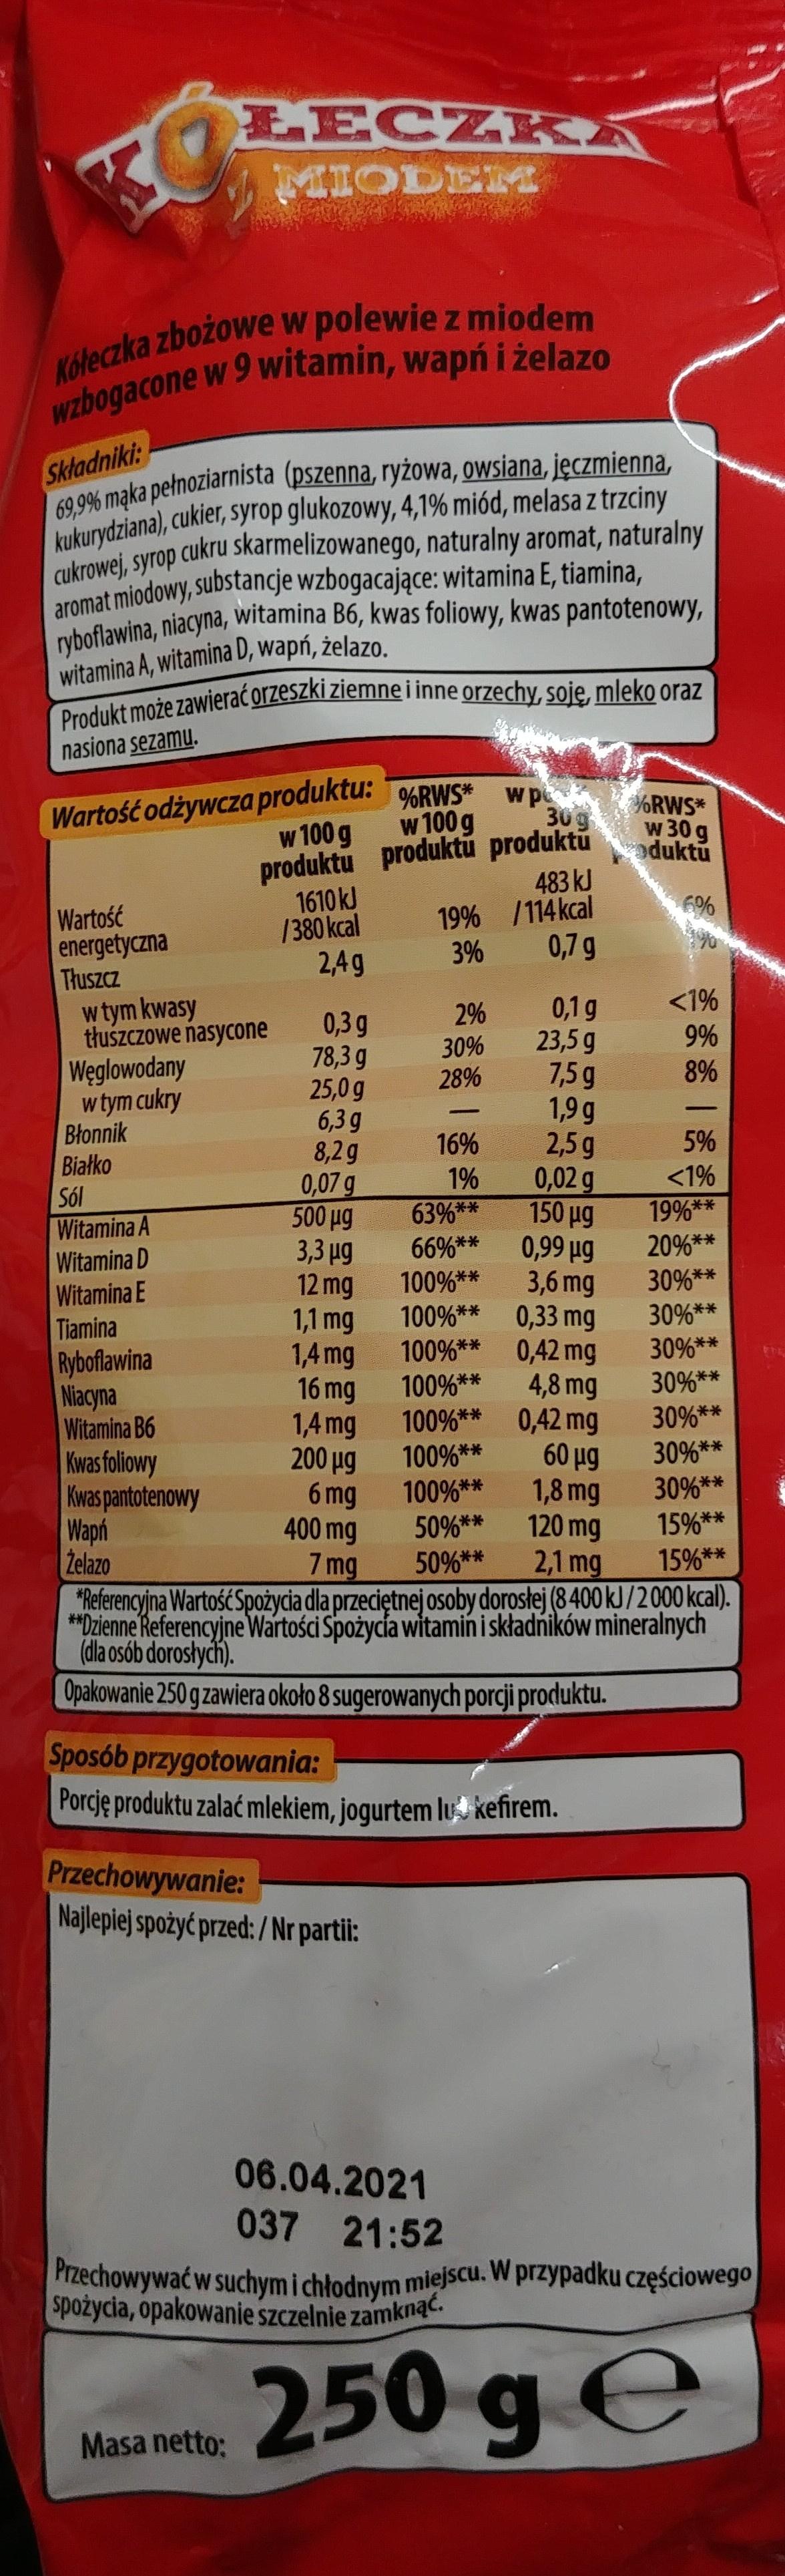
LECZKA MIODEM Kateczka zbozowe w polewie z miodem wzbogacone w 9 witamin, wapń i żelazo Składniki: 69,9% mąka pełnoziarnista (pszenna, ryżowa, owsiana, jęczmienna, kukurydziana), cukier, syrop glukozowy, 4,1% miód, melasa z trzciny KOei, syrop cukru skarmelizowanego, naturalny aromat, naturalny aromat miodowy, substancje wzbogacające: witamina E, tiamina, ryboflawina, niacyna, witamina B6, kwas foliowy, kwas pantotenowy, witamina A, witamina D, wapń, żelazo. Produkt może zawierać orzeszki ziemne i inne orzechy, soję, mleko oraz nasiona sezamu. Wartość odżywcza produktu: %RWS* w 100 g %RWS* 30g w 30 g oduktu w 100 g produktu produktū produktů 1610 kJ /380 kcal 2,4g 483 kJ 19% /114kcal 0,7 g 6% Wartość energetyczna Tłuszcz w tym kwasy tłuszczowe nasycone Węglowodany w tym cukry Błonnik Białko Sól Witamina A Witamina D Witamina E Tiamina Ryboflawina Niacyna Witamina B6 Kwas foliowy Kwas pantotenowy Wapń Zelazo "Referencyjna Wartość Spożycia dla przeciętnej osoby dorosłej (8 400 kJ/2000 kcal). **Dzienne Referencyjne Wartości Spożycia witaminńiskładników mineralnych (dla osób dorosłych). 3% <1% 0,1 g 23,5 g 7,5 g 1,9 g 2,5 g 0,02 g 150 µg 0,99 µg 3,6 mg 0,33 mg 100%** 0,42 mg 4,8 mg 100%** 0,42 mg 60 µg 1,8 mg 120 mg 2,1 mg 2% 0,3 g 78,3 g 25,0 g 6,3 g 8,2g 0,07 g 500 ug 3,3 µg 12 mg 1,1 mg 1,4 mg 16 mg 1,4 mg 200 µg 6 mg 400 mg 9% 30% 28% 8% 16% 5% <1% 19%** 20%** 1% 63%** 66%** 100%** 100%** 30%** 30%** 30%** 100%** 30%** 100%** 100%** 50%** 50%** 30%** 30%** 30%** 15% ** 15%** 7 mg Opakowanie 250 g zawiera około 8 sugerowanych porcji produktu. Sposób przygotowania: Porcję produktu zalać mlekiem, jogurtem lu kefirem. Przechowywanie: Najlepiej spożyć przed: / Nr partii: 06.04.2021 037 21:52 Przechowywać w suchym i chłodnym miejscu. W przypadku częściowego spożycia, opakowanie szczelnie zamknąc. me 250 g e Masa netto: